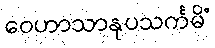
ဝေဟာသာနုပသင်္ကမိံ